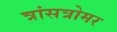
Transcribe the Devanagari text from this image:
त्रांसत्रोमर